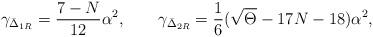
LaTeX: \begin{align*}\gamma_{\bar \Delta_{1R}} = \frac{7-N}{12} \alpha^2,\qquad\gamma_{\bar\Delta_{2R}} = \frac{1}{6}(\sqrt \Theta -17N -18 )\alpha^2,\end{align*}